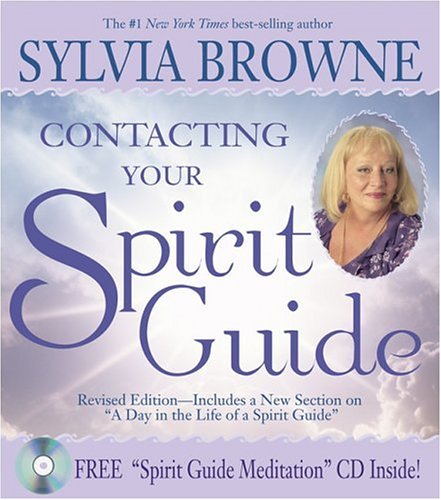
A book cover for Contacting Your Spirit Guide; Sylvia Browne; Religion & Spirituality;